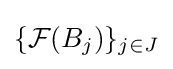
\{{\mathcal {F}}(B_{j})\}_{j\in J}